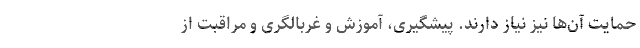
حمایت آن‌ها نیز نیاز دارند. پیشگیری، آموزش و غربالگری و مراقبت از